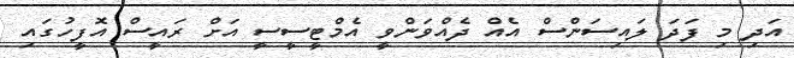
އަދި މި ފަދަ ލައިސަންސް އެއް ދެއްވަންވީ އެމްޓީސީސީ އަށް ރައީސް އޮފީހުގައި